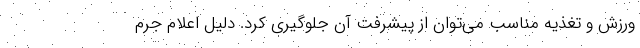
ورزش و تغذیه مناسب می‌توان از پیشرفت آن جلوگیری کرد. دلیل اعلام جرم